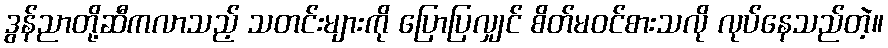
ဒွန်ညာတို့ဆီကလာသည့် သတင်းများကို ပြောပြလျှင် စိတ်မဝင်စားသလို လုပ်နေသည်တဲ့။